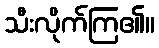
သီးလိုက်ကြ၏။